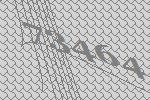
73464